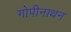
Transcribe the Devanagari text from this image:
गोपीनाथन